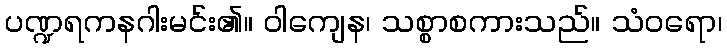
ပဏ္ဍရကနဂါးမင်း၏။ ဝါကျေန၊ သစ္စာစကားသည်။ သံဝရော၊